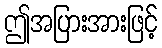
ဤအပြားအားဖြင့်